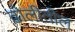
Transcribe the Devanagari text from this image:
ढोलीतील